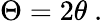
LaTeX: \Theta=2\theta\ .